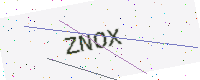
Text: ZNOX